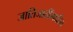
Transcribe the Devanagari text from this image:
जातिजातींमधील